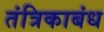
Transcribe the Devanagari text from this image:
तंत्रिकाबंध